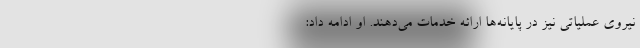
نیروی عملیاتی نیز در پایانه‌ها ارائه خدمات می‌دهند. او ادامه داد: